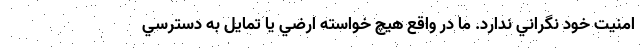
امنيت خود نگراني ندارد. ما در واقع هيچ خواسته ارضي يا تمايل به دسترسي